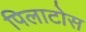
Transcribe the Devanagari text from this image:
पिलाटोस